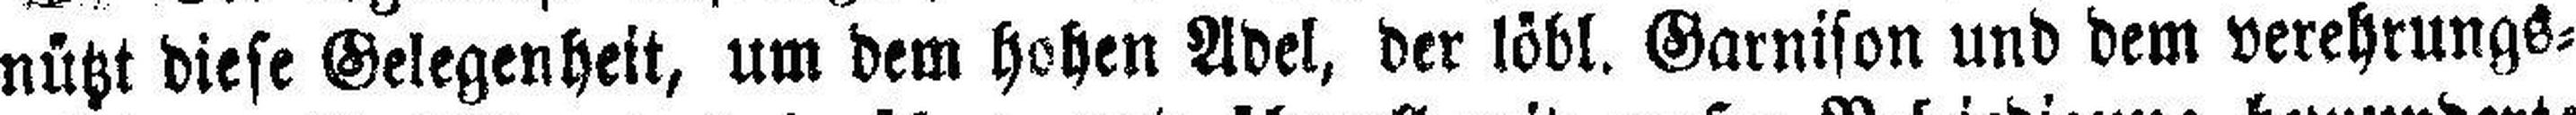
nützt diese Gelegenheit, um dem hohen Adel, der löbl. Garnison und dem verehrungs¬